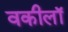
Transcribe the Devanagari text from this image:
वकीलॉ